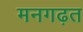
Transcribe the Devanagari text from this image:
मनगढ़त